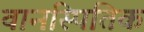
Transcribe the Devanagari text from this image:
वानस्पितिक